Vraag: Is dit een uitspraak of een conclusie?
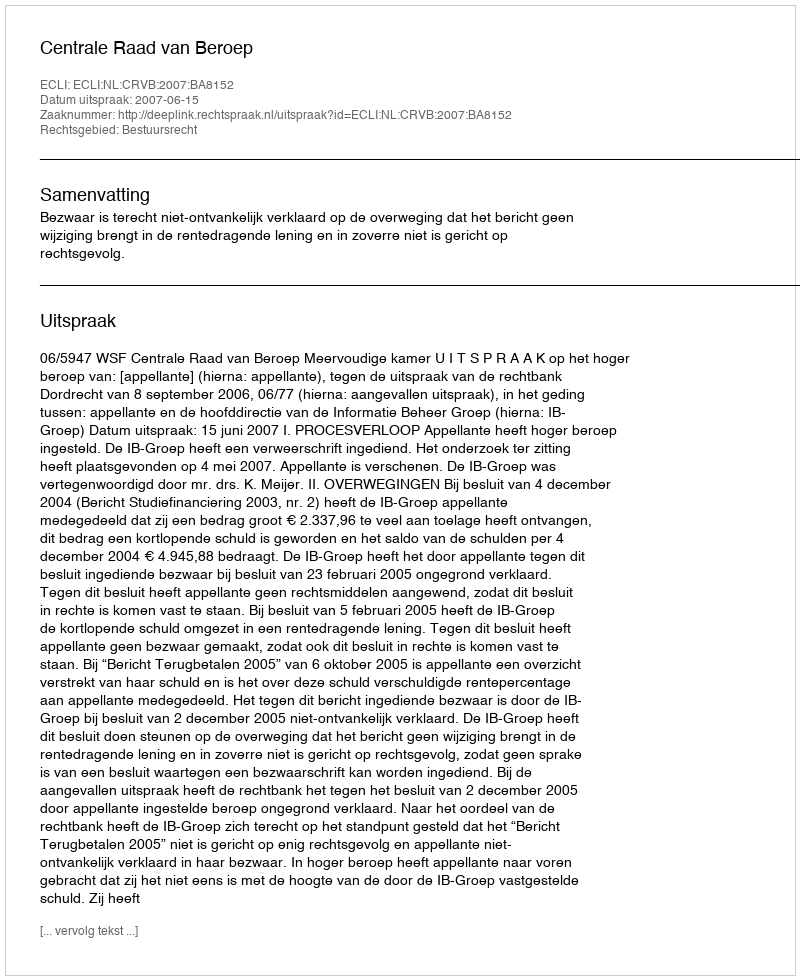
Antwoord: Uitspraak